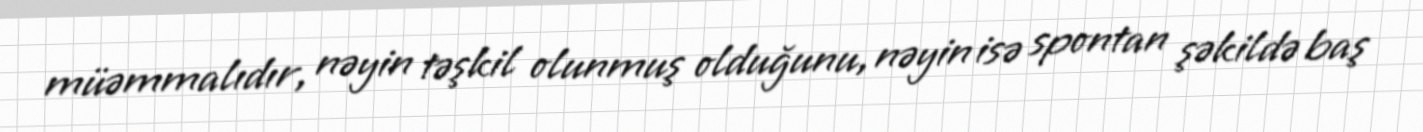
müəmmalıdır, nəyin təşkil olunmuş olduğunu, nəyin isə spontan şəkildə baş